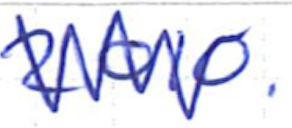
Text: 2010.
Cross-out: zig-zag
Writing tool: ballpoint